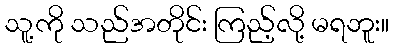
သူ့ကို သည်အတိုင်း ကြည့်လို့ မရဘူး။